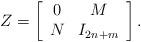
LaTeX: \begin{align*}Z= \left[\begin{array}{cc}0 & M \\N & I_{2n+m} \\\end{array}\right].\end{align*}